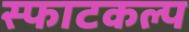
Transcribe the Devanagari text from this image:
स्फाटकल्प